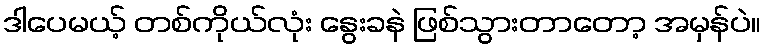
ဒါပေမယ့် တစ်ကိုယ်လုံး နွေးခနဲ ဖြစ်သွားတာတော့ အမှန်ပဲ။